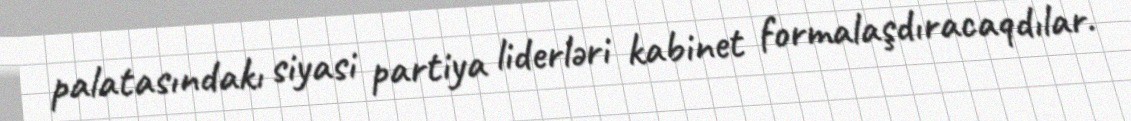
palatasındakı siyasi partiya liderləri kabinet formalaşdıracaqdılar.